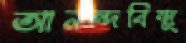
আনন্দবিন্দু